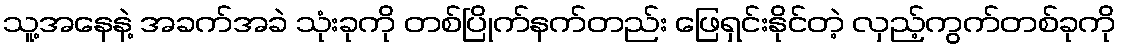
သူ့အနေနဲ့ အခက်အခဲ သုံးခုကို တစ်ပြိုက်နက်တည်း ဖြေရှင်းနိုင်တဲ့ လှည့်ကွက်တစ်ခုကို